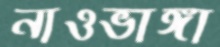
নাওভাঙ্গা